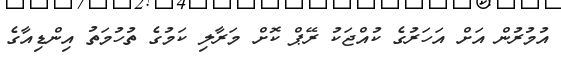
އުމުރުން އަށް އަހަރުގެ ކުއްޖަކު ރޭޕް ކޮށް މަރާލި ކަމުގެ ތުހުމަތު އިންޑިއާގެ